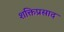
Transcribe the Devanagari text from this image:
शक्तिप्रसाद